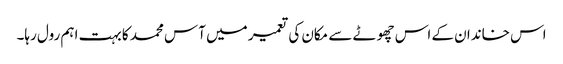
اس خاندان کے اس چھوٹے سے مکان کی تعمیر میں آس محمد کا بہت اہم رول رہا۔